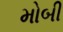
મોબી